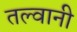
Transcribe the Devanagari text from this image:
तल्वानी